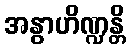
အနွာဟိဏ္ဍန္တိ